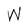
Character: W